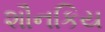
શૌનકિય